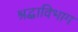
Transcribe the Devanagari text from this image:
श्रद्धाविभाग